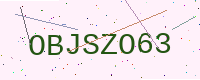
Text: OBJSZO63